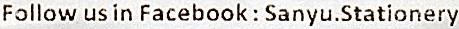
FOLLOW US IN FACEBOOK : SANYU.STATIONERY